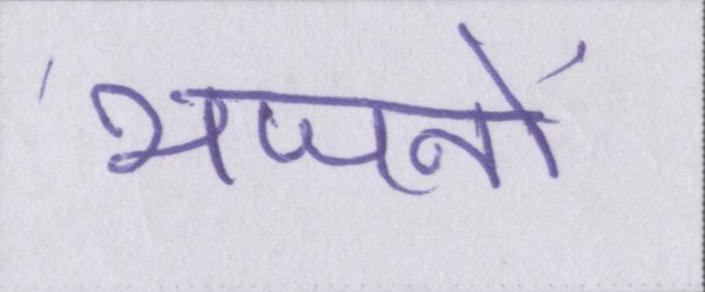
भजनों